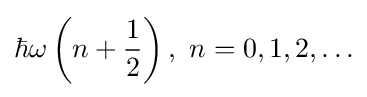
\hbar \omega \left(n+{\frac {1}{2}}\right),\,\,n=0,1,2,\ldots